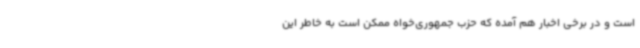
است و در برخی اخبار هم آمده که حزب جمهوری‌خواه ممکن است به خاطر این